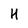
Character: H